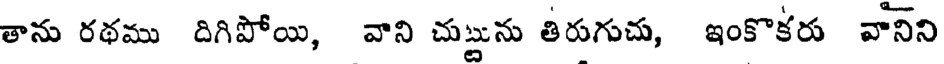
తాను రథము దిగిపోయి, వాని చుట్టును తిరుగుచు, ఇంకొకరు వానిని